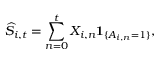
\widehat { S } _ { i , t } = \sum _ { n = 0 } ^ { t } X _ { i , n } \mathbf { 1 } _ { \{ A _ { i , n } = 1 \} } ,